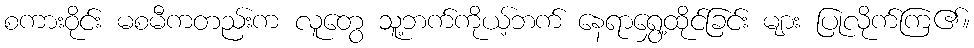
စကားဝိုင်း မစမီကတည်းက လူတွေ သူ့ဘက်ကိုယ့်ဘက် နေရာရွှေ့ထိုင်ခြင်း များ ပြုလိုက်ကြ၏။